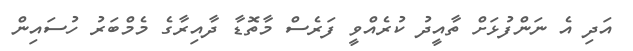
އަދި އެ ނަންފުޅަށް ތާއީދު ކުރެއްވީ ފަރެސް މާތޮޑާ ދާއިރާގެ މެމްބަރު ހުސައިން